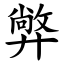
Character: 㢢